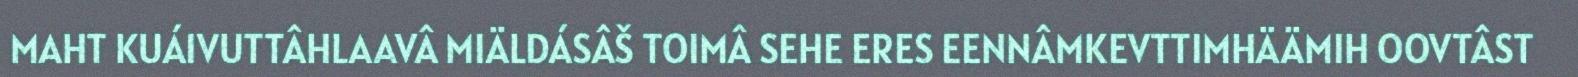
MAHT KUÁIVUTTÂHLAAVÂ MIÄLDÁSÂŠ TOIMÂ SEHE ERES EENNÂMKEVTTIMHÄÄMIH OOVTÂST